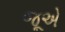
જૂએ